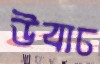
উবাচ